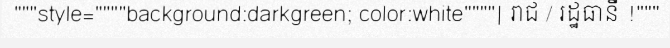
"""style=""""background:darkgreen; color:white""""| រាជ / រដ្ឋធានី !"""